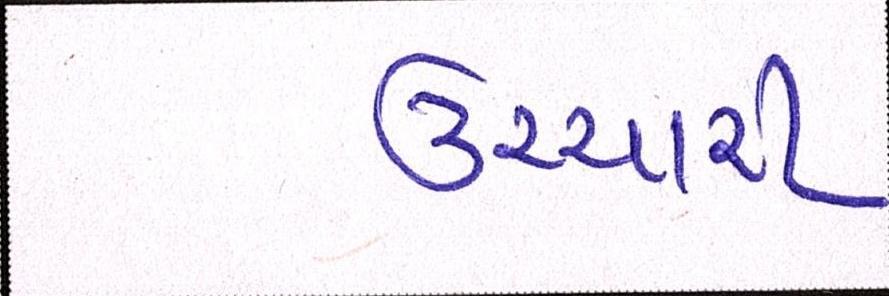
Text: ઉચ્ચારી